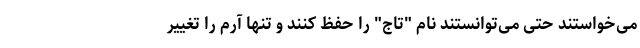
می‌خواستند حتی می‌توانستند نام "تاج" را حفظ کنند و تنها آرم را تغییر